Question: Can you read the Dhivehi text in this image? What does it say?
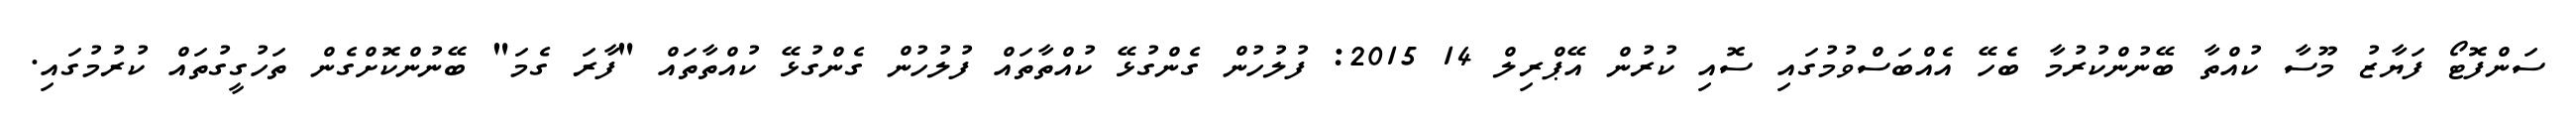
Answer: ސަންފޮޓޯ ފަޔާޒު މޫސާ ކުއްތާ ބޭނުންކުރުމާ ބެހޭ އެއްބަސްވުމުގައި ސޮއި ކުރުން އޭޕްރިލް 14 2015: ފުލުހުން ގެންގުޅޭ ކުއްތާތައް ފުލުހުން ގެންގުޅޭ ކުއްތާތައް "ފާރަ ގެމަ" ބޭނުންކޮށްގެން ތަހުގީގުތައް ކުރުމުގައި.